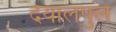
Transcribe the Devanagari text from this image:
दयालपुल